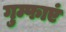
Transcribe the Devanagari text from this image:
गुम्फाएं